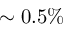
\sim 0 . 5 \%